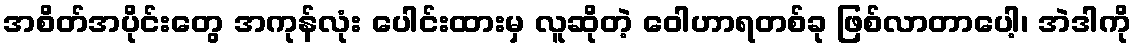
အစိတ်အပိုင်းတွေ အကုန်လုံး ပေါင်းထားမှ လူဆိုတဲ့ ဝေါဟာရတစ်ခု ဖြစ်လာတာပေါ့၊ အဲဒါကို